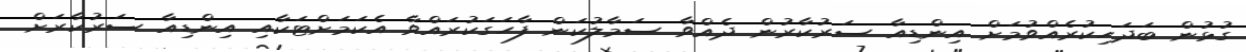
ގުޅުން ބަދަހިކުރެއްވުމަށް އިންޑިއާ ސަރުކާރުން ދެއްވާ ސަމާލުކަން ފާހަގަކުރައްވާ އެކަމަށްޓަކާއި އިންޑިއާ ސަރުކާރަށް